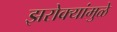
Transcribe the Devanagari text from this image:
झरोक्यांमुळे